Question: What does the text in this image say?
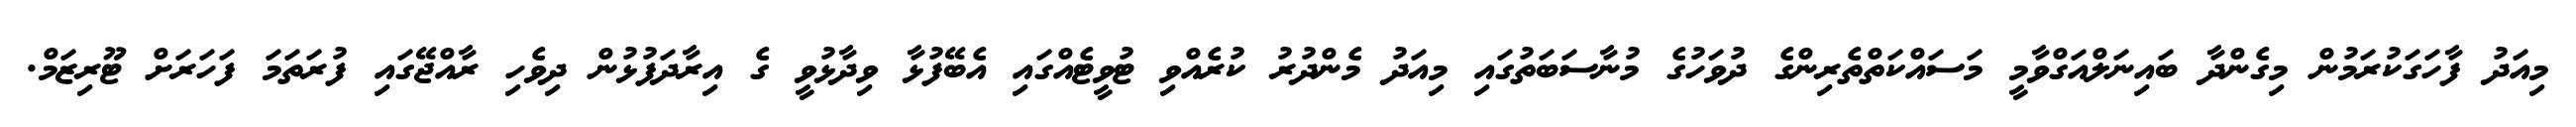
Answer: މިއަދު ފާހަގަކުރަމުން މިގެންދާ ބައިނަލްއަގްވާމީ މަސައްކަތްތެރިންގެ ދުވަހުގެ މުނާސަބަތުގައި މިއަދު މެންދުރު ކުރެއްވި ޓުވީޓެއްގައި އެބޭފުޅާ ވިދާޅުވީ ގެ އިރާދަފުޅުން ދިވެހި ރާއްޖޭގައި ފުރަތަމަ ފަހަރަށް ޓޫރިޒަމް.